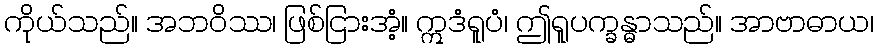
ကိုယ်သည်။ အဘဝိဿ၊ ဖြစ်ငြားအံ့။ ဣဒံရူပံ၊ ဤရူပက္ခန္ဓာသည်။ အာဗာဓာယ၊